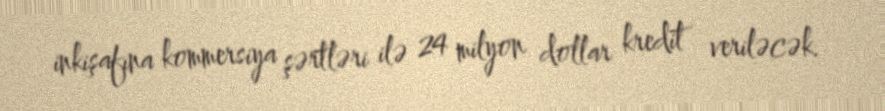
inkişafına kommersiya şərtləri ilə 24 milyon dollar kredit veriləcək.